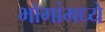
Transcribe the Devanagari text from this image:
भोगांमध्ये